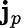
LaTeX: \mathbf{j}_{p}